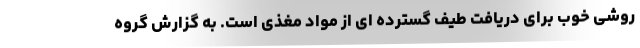
روشی خوب برای دریافت طیف گسترده ای از مواد مغذی است. به گزارش گروه